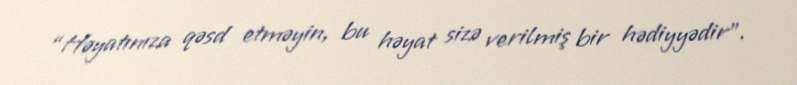
“Həyatınıza qəsd etməyin, bu həyat sizə verilmiş bir hədiyyədir”.